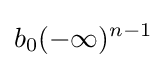
b_{0}(-\infty )^{n-1}